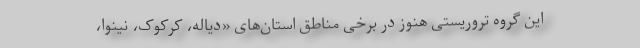
این گروه تروریستی هنوز در برخی مناطق استان‌های «دیاله، کرکوک، نینوا،